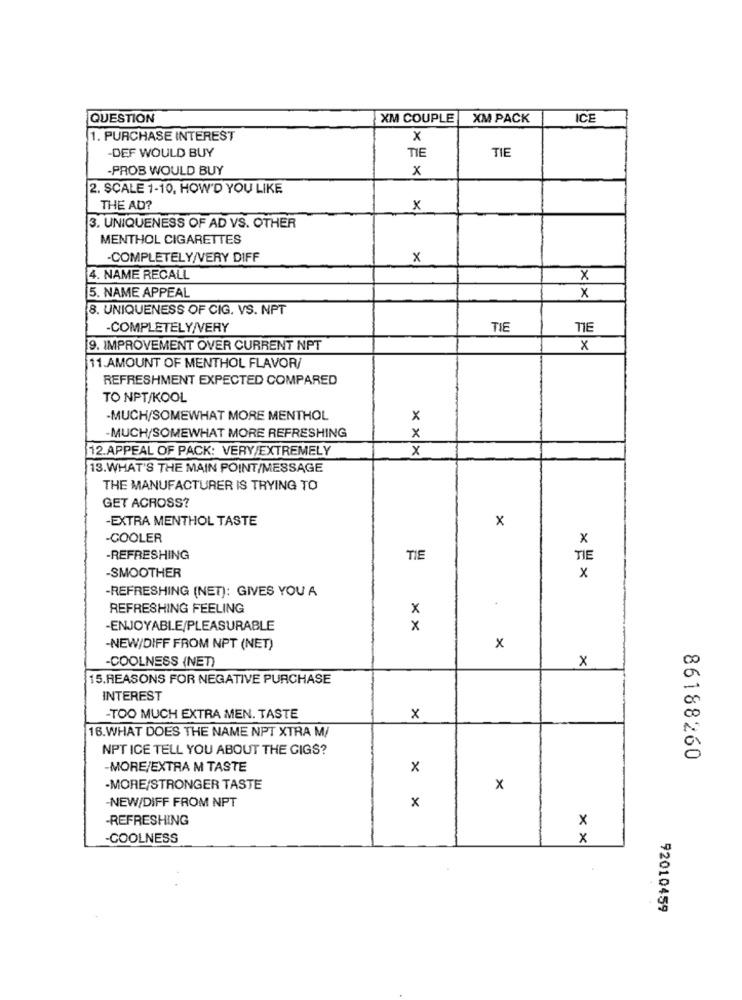
QUESTION
XM COUPLE
XM PACK
ICE
1. PURCHASE INTEREST
x
DEF WOULD BUY
TIE
TIE
-PROB WOULD BUY
x
2. SCALE 1-10, HOW'D YOU LIKE
THE AD?
x
3. UNIQUENESS OF AD VS. OTHER
MENTHOL CIGARETTES
-COMPLETELY/VERY DIFF
x
4. NAME RECALL
x
5. NAME APPEAL
x
8. UNIQUENESS OF CIG. VS. NPT
-COMPLETELY/VERY
TIE
9. IMPROVEMENT OVER CURRENT NPT
x
11.AMOUNT OF MENTHOL FLAVOR/
REFRESHMENT EXPECTED COMPARED
TO NPT/KOOL
-MUCH/SOMEWHAT MORE MENTHOL
X
-MUCH/SOMEWHAT MORE REFRESHING
x
12.APPEAL OF PACK: VERY/EXTREMELY
x
13.WHAT'S THE MAIN POINT/MESSAGE
THE MANUFACTURER IS TRYING TO
GET ACROSS?
-EXTRA MENTHOL TASTE
x
-COOLER
X
-REFRESHING
TIE
TIE
-SMOOTHER
x
-REFRESHING (NET): GIVES YOU A
REFRESHING FEELING
x
-ENJOYABLE/PLEASURABLE
x
-NEW/DIFF FROM NPT (NET)
x
-COOLNESS (NET)
x
15.REASONS FOR NEGATIVE PURCHASE
INTEREST
-TOO MUCH EXTRA MEN. TASTE
x
16.WHAT DOES THE NAME NPT XTRA M/
NPT ICE TELL YOU ABOUT THE CIGS?
86188260
-MORE/EXTRA M TASTE
x
-MORE/STRONGER TASTE
x
-NEW/DIFF FROM NPT
x
-REFRESHING
x
-COOLNESS
x
92010459